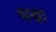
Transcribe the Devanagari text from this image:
व्यख्रा